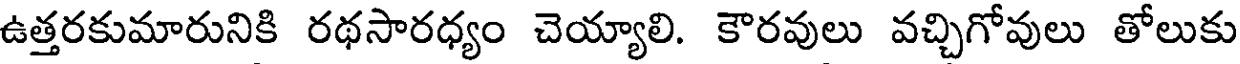
ఉత్తరకుమారునికి రథసారధ్యం చెయ్యాలి. కౌరవులు వచ్చిగోవులు తోలుకు